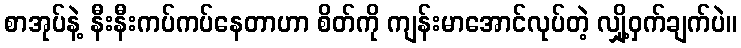
စာအုပ်နဲ့ နီးနီးကပ်ကပ်နေတာဟာ စိတ်ကို ကျန်းမာအောင်လုပ်တဲ့ လျှို့ဝှက်ချက်ပဲ။